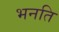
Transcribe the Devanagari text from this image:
भनति